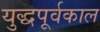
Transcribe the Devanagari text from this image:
युद्धपूर्वकाल